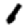
Digit: 1